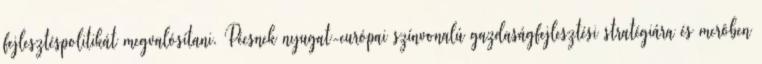
fejlesztéspolitikát megvalósítani. Pécsnek nyugat-európai színvonalú gazdaságfejlesztési stratégiára és merôben